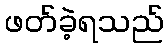
ဖတ်ခဲ့ရသည်